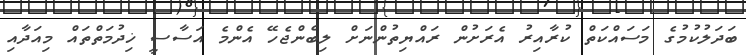
ބަދަލުކުމުގެ މަސައްކަތް ކުރާއިރު އެރަށުން ރައްޔިތުންނަށް ލިބެންޖެހޭ އެންމެ އަސާސީ ޚިދުމަތްތައް މިއަދާއި